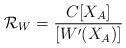
LaTeX: \begin{align*}{\cal R}_W = \frac{C [ X_A ]}{ [ W'(X_A) ] }\end{align*}